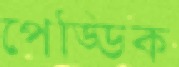
পেড্ডিক